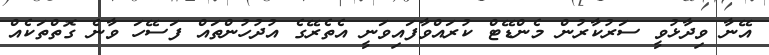
އޭނާ ވިދާޅުވީ ސަރުކާރުން މެންޑޭޓް ކުރައްވާފައިވަނީ އެތެރޭގެ އުދުހުންތައް ފަސޭހަ ވާނެ ގޮތްތަކެއް